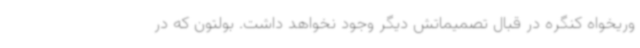
وریخواه کنگره در قبال تصمیماتش دیگر وجود نخواهد داشت. بولتون که در